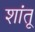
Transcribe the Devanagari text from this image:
शांतू